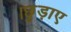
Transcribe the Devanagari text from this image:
।छुड़ाए